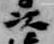
以